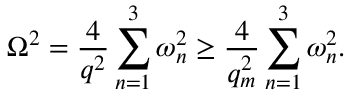
\Omega ^ { 2 } = \frac { 4 } { q ^ { 2 } } \sum _ { n = 1 } ^ { 3 } \omega _ { n } ^ { 2 } \ge \frac { 4 } { q _ { m } ^ { 2 } } \sum _ { n = 1 } ^ { 3 } \omega _ { n } ^ { 2 } .